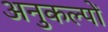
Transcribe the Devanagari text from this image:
अनुकल्पों